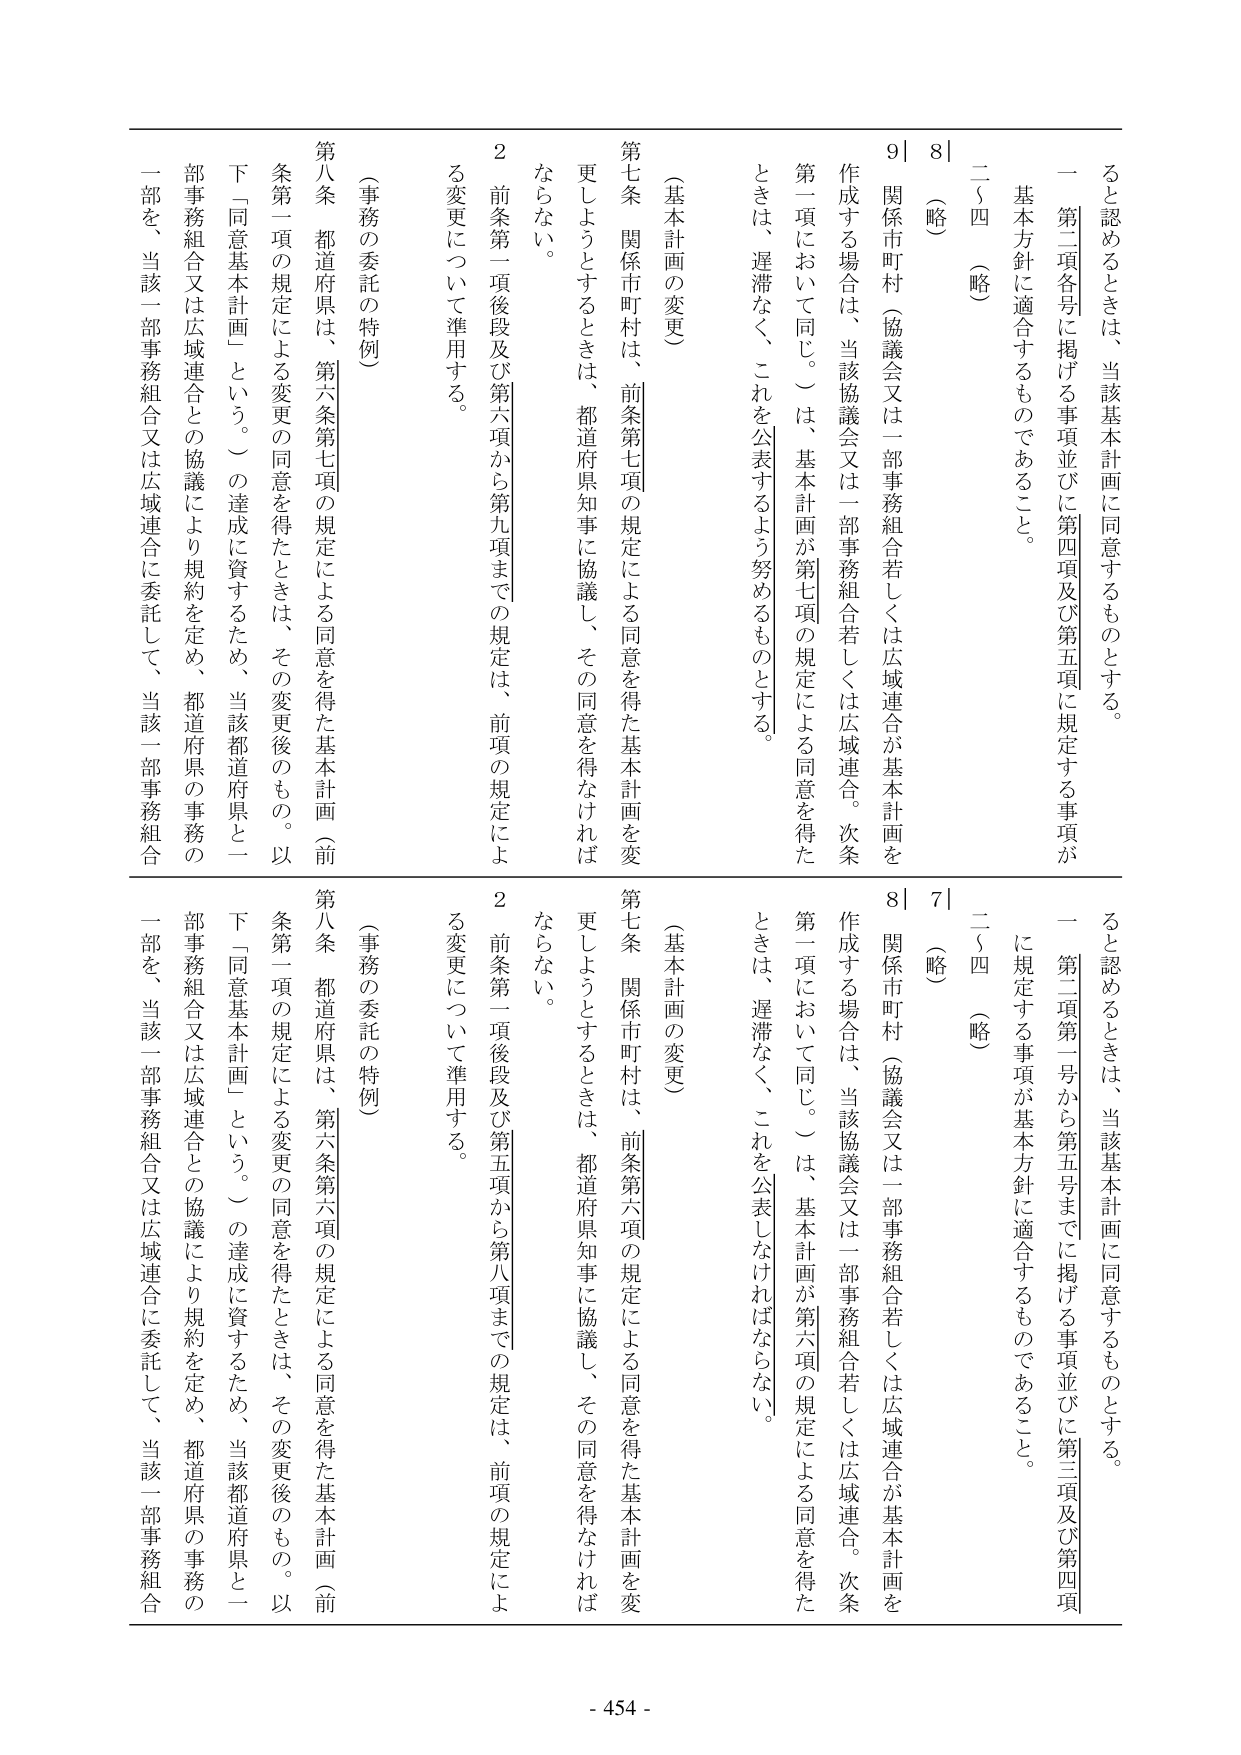
ると認めるときは、当該基本計画に同意するものとする。
一 第二項各号に掲げる事項並びに第四項及び第五項に規定する事項が
基本方針に適合するものであること。
二～四 （略）
8| （略）
9| 関係市町村（協議会又は一部事務組合若しくは広域連合が基本計画を
作成する場合は、当該協議会又は一部事務組合若しくは広域連合。次条
第一項において同じ。）は、基本計画が第七項の規定による同意を得た
ときは、遅滞なく、これを公表するよう努めるものとする。
（基本計画の変更）
第七条 関係市町村は、前条第七項の規定による同意を得た基本計画を変
更しようとするときは、都道府県知事に協議し、その同意を得なければ
ならない。
2 前条第一項後段及び第六項から第九項までの規定は、前項の規定によ
る変更について準用する。
（事務の委託の特例）
第八条 都道府県は、第六条第七項の規定による同意を得た基本計画（前
条第一項の規定による変更の同意を得たときは、その変更後のもの。以
下「同意基本計画」という。）の達成に資するため、当該都道府県と一
部事務組合又は広域連合との協議により規約を定め、都道府県の事務の
一部を、当該一部事務組合又は広域連合に委託して、当該一部事務組合

ると認めるときは、当該基本計画に同意するものとする。
一 第二項第一号から第五号までに掲げる事項並びに第三項及び第四項
に規定する事項が基本方針に適合するものであること。
二～四 （略）
7| （略）
8| 関係市町村（協議会又は一部事務組合若しくは広域連合が基本計画を
作成する場合は、当該協議会又は一部事務組合若しくは広域連合。次条
第一項において同じ。）は、基本計画が第六項の規定による同意を得た
ときは、遅滞なく、これを公表しなければならない。
（基本計画の変更）
第七条 関係市町村は、前条第六項の規定による同意を得た基本計画を変
更しようとするときは、都道府県知事に協議し、その同意を得なければ
ならない。
2 前条第一項後段及び第五項から第八項までの規定は、前項の規定によ
る変更について準用する。
（事務の委託の特例）
第八条 都道府県は、第六条第六項の規定による同意を得た基本計画（前
条第一項の規定による変更の同意を得たときは、その変更後のもの。以
下「同意基本計画」という。）の達成に資するため、当該都道府県と一
部事務組合又は広域連合との協議により規約を定め、都道府県の事務の
一部を、当該一部事務組合又は広域連合に委託して、当該一部事務組合

- 454 -